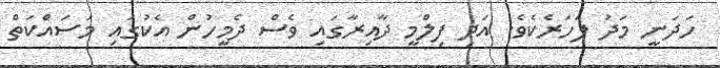
ހަދަނީ މަދު ފަހަރެކެވެ. އަދި ފިލްމީ ދާއިރާގައި ވެސް ދެމީހުން އެކުގައި މަސައްކަތް